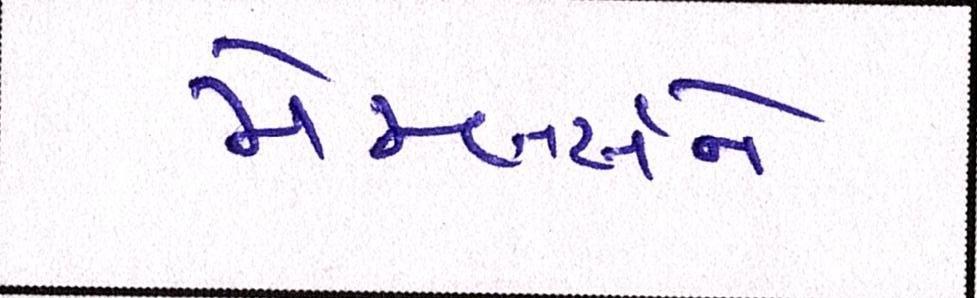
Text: મેમ્બર્સને